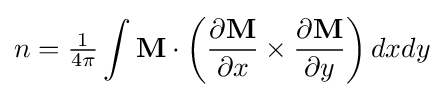
n={\tfrac {1}{4\pi }}\int \mathbf {M} \cdot \left({\frac {\partial \mathbf {M} }{\partial x}}\times {\frac {\partial \mathbf {M} }{\partial y}}\right)dxdy